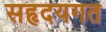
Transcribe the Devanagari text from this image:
सहृदयगत